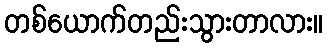
တစ်ယောက်တည်းသွားတာလား။